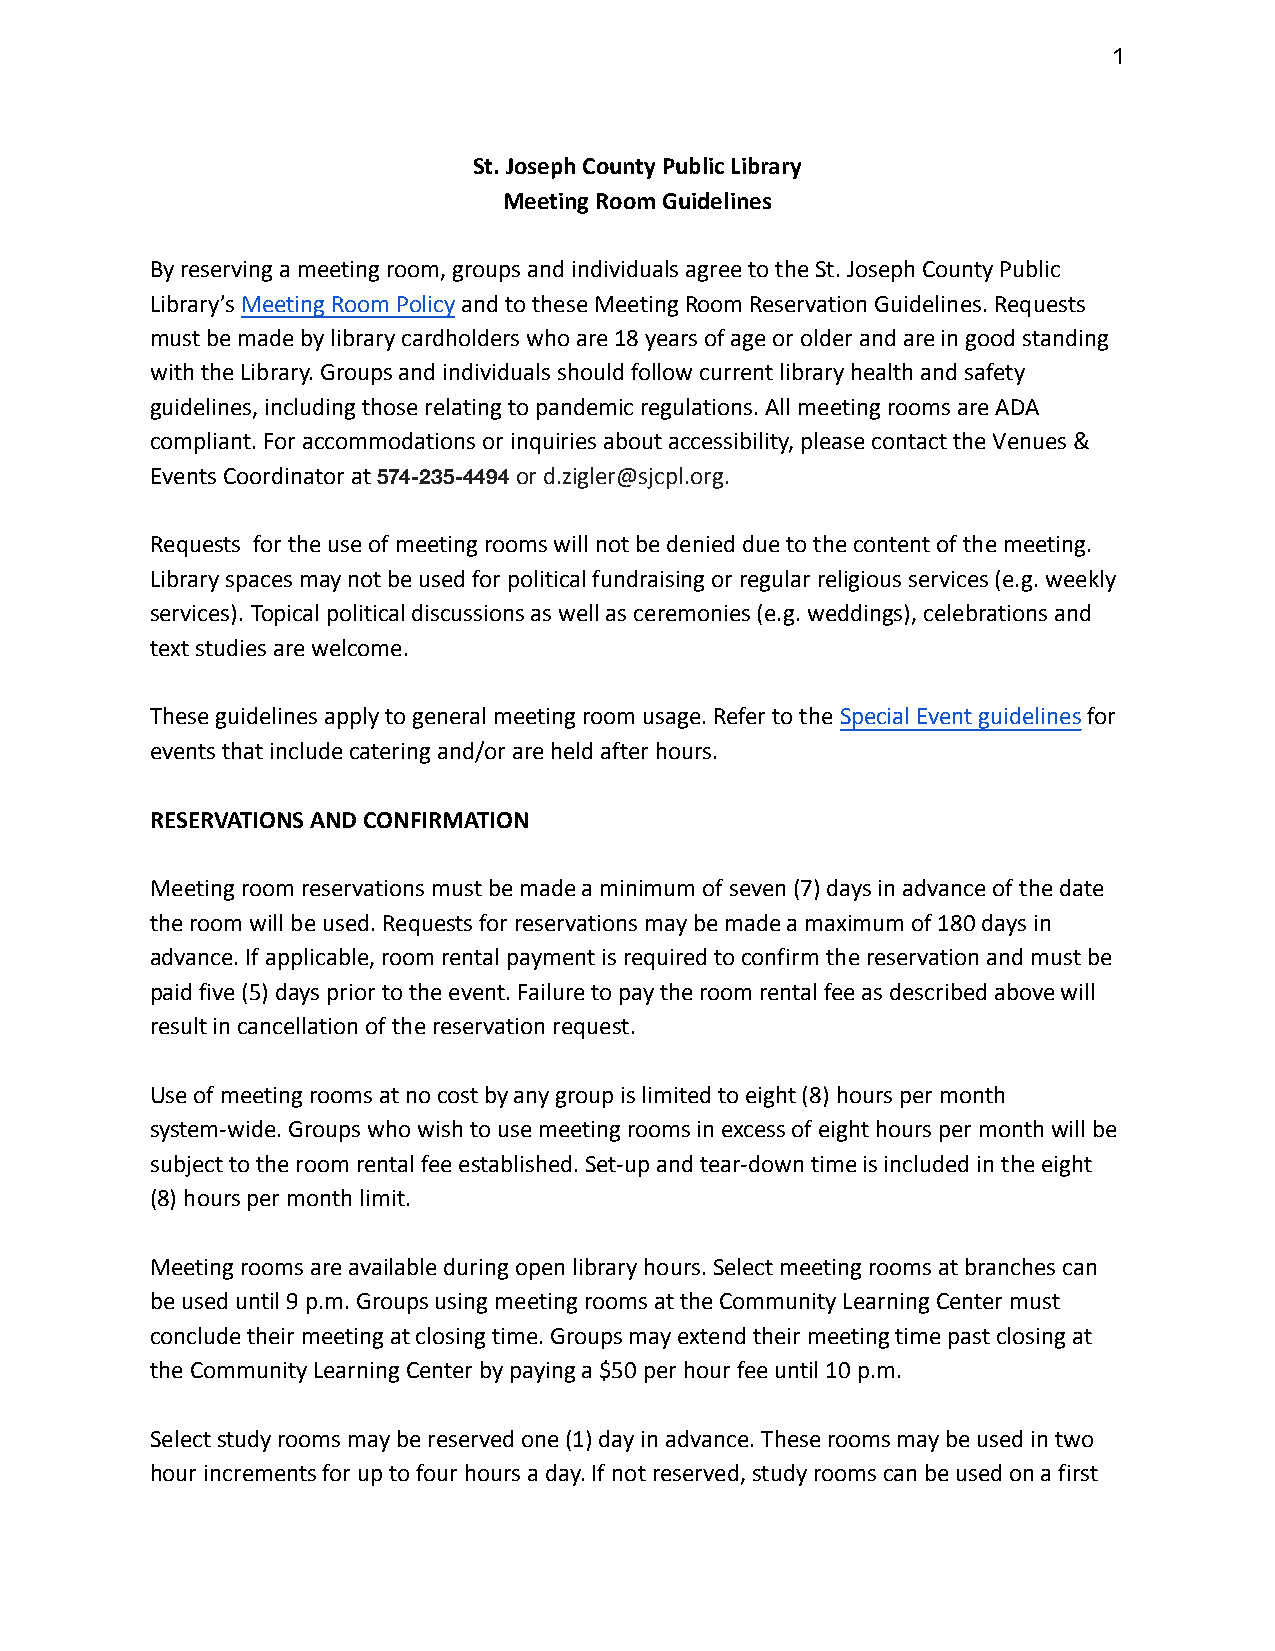
1
 St. Joseph County Public Library
 Meeting Room Guidelines
 By reserving a meeting room, groups and individuals agree to the St. Joseph County Public
 Library’s Meeting Room Policy and to these Meeting Room Reservation Guidelines. Requests
 must be made by library cardholders who are 18 years of age or older and are in good standing
 with the Library. Groups and individuals should follow current library health and safety
 guidelines, including those relating to pandemic regulations. All meeting rooms are ADA
 compliant. For accommodations or inquiries about accessibility, please contact the Venues &
 Events Coordinator at   or d.zigler@sjcpl.org.
 574-235-4494
 Requests for the use of meeting rooms will not be denied due to the content of the meeting.
 Library spaces may not be used for political fundraising or regular religious services (e.g. weekly
 services). Topical political discussions as well as ceremonies (e.g. weddings), celebrations and
 text studies are welcome.
 These guidelines apply to general meeting room usage. Refer to the Special Event guidelines for
 events that include catering and/or are held after hours.
 RESERVATIONS AND CONFIRMATION
 Meeting room reservations must be made a minimum of seven (7) days in advance of the date
 the room will be used. Requests for reservations may be made a maximum of 180 days in
 advance. If applicable, room rental payment is required to confirm the reservation and must be
 paid five (5) days prior to the event. Failure to pay the room rental fee as described above will
 result in cancellation of the reservation request.
 Use of meeting rooms at no cost by any group is limited to eight (8) hours per month
 system-wide. Groups who wish to use meeting rooms in excess of eight hours per month will be
 subject to the room rental fee established. Set-up and tear-down time is included in the eight
 (8) hours per month limit.
 Meeting rooms are available during open library hours. Select meeting rooms at branches can
 be used until 9 p.m. Groups using meeting rooms at the Community Learning Center must
 conclude their meeting at closing time. Groups may extend their meeting time past closing at
 the Community Learning Center by paying a $50 per hour fee until 10 p.m.
 Select study rooms may be reserved one (1) day in advance. These rooms may be used in two
 hour increments for up to four hours a day. If not reserved, study rooms can be used on a first